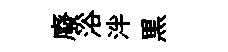
廢浴泮黒